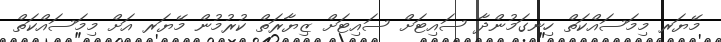
މޭޔަރ މިމަސައްކަތް ހިނގަމުންދާ ސައިޓަށް ސައިޓަށް ޒިޔާރަތް ކުރުމުން މޭޔަރ އަށް މިމަސައްކަތް